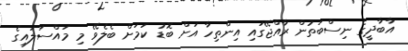
އާބާދީގެ ނިސްބަތުން ރާއްޖޭގައި އިންތިހާ އަށް ބޮޑު ކަމަށް ބެލެވޭ މި މައްސަލައިގެ